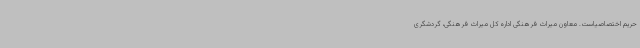
حریم اختصاصیاست. معاون میراث فرهنگی اداره کل میراث فرهنگی، گردشگری